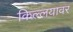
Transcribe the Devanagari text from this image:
किल्लयावर